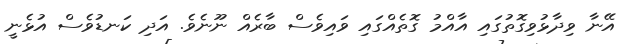
އޭނާ ވިދާޅުވިގޮތުގައި އާއްމު ގޮތެއްގައި ވައިވެސް ބާރެއް ނޫނެވެ. އަދި ކަނޑުވެސް އުޅެނީ